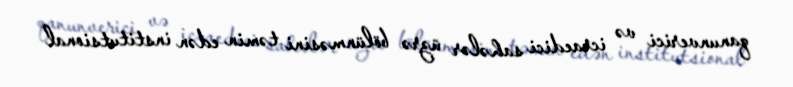
qanunverici və icraedici sahələr üzrə bölünməsini təmin edən institutsional